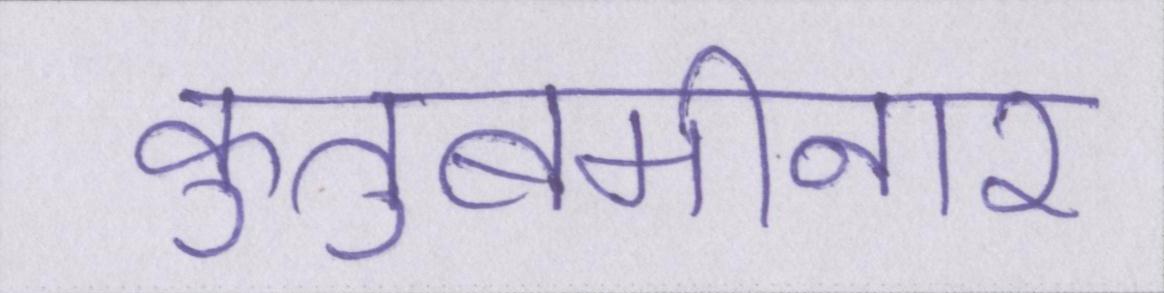
कुतुबमीनार